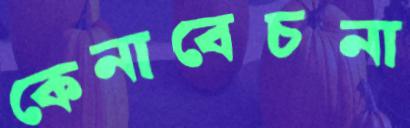
কেনাবেচনা